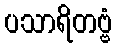
ပသာရိတဗ္ဗံ